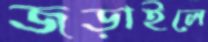
জড়াইলে